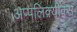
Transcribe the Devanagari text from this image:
अप्पलिक़्यीक्स